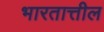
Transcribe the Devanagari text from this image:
भारतात्तील